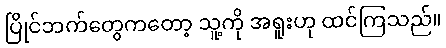
ပြိုင်ဘက်တွေကတော့ သူ့ကို အရူးဟု ထင်ကြသည်။